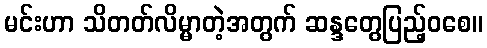
မင်းဟာ သိတတ်လိမ္မာတဲ့အတွက် ဆန္ဒတွေပြည့်ဝစေ။